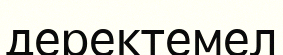
деректемел